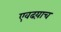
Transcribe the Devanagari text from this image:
एवढय़ाच